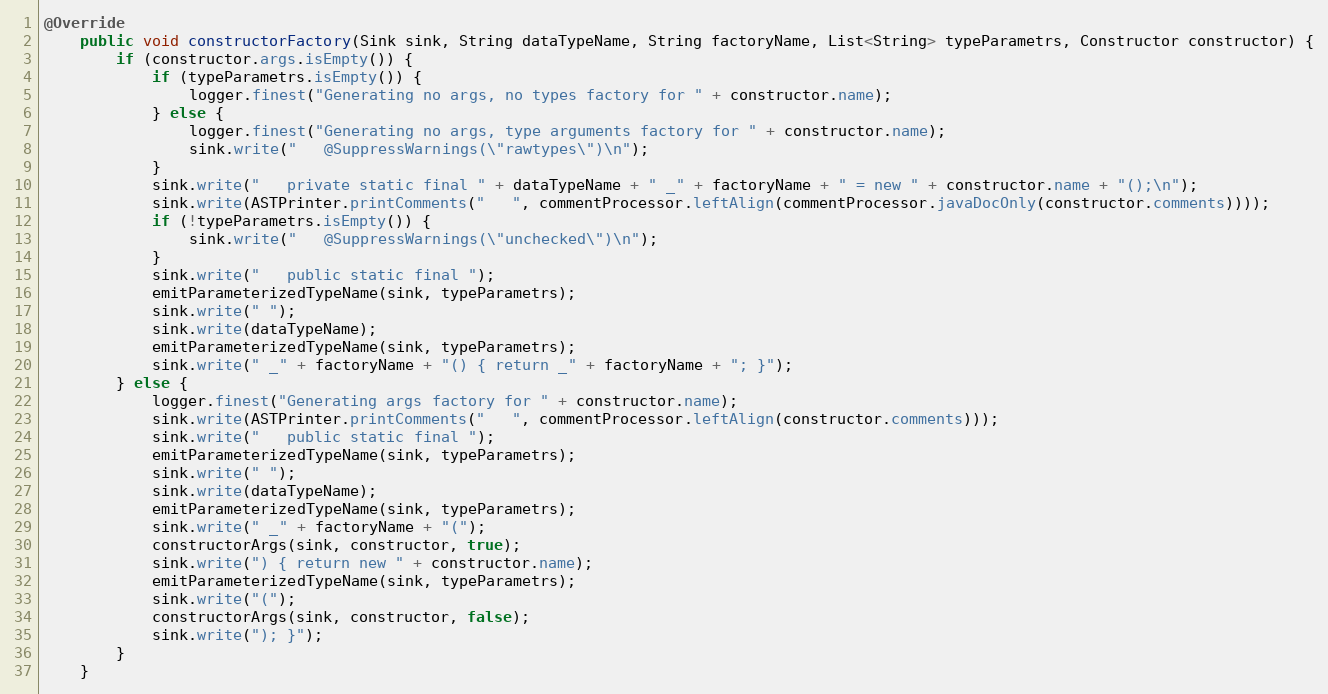
Language: Java
@Override
    public void constructorFactory(Sink sink, String dataTypeName, String factoryName, List<String> typeParametrs, Constructor constructor) {
        if (constructor.args.isEmpty()) {
        	if (typeParametrs.isEmpty()) {
            	logger.finest("Generating no args, no types factory for " + constructor.name);
        	} else {
            	logger.finest("Generating no args, type arguments factory for " + constructor.name);
        		sink.write("   @SuppressWarnings(\"rawtypes\")\n");
        	}
            sink.write("   private static final " + dataTypeName + " _" + factoryName + " = new " + constructor.name + "();\n");
            sink.write(ASTPrinter.printComments("   ", commentProcessor.leftAlign(commentProcessor.javaDocOnly(constructor.comments))));
        	if (!typeParametrs.isEmpty()) {
        		sink.write("   @SuppressWarnings(\"unchecked\")\n");
        	}
        	sink.write("   public static final ");
        	emitParameterizedTypeName(sink, typeParametrs);
        	sink.write(" ");
        	sink.write(dataTypeName);
        	emitParameterizedTypeName(sink, typeParametrs);
        	sink.write(" _" + factoryName + "() { return _" + factoryName + "; }");
        } else {
        	logger.finest("Generating args factory for " + constructor.name);
            sink.write(ASTPrinter.printComments("   ", commentProcessor.leftAlign(constructor.comments)));
            sink.write("   public static final ");
            emitParameterizedTypeName(sink, typeParametrs);
        	sink.write(" ");
        	sink.write(dataTypeName);
            emitParameterizedTypeName(sink, typeParametrs);
            sink.write(" _" + factoryName + "(");
            constructorArgs(sink, constructor, true);
            sink.write(") { return new " + constructor.name);
            emitParameterizedTypeName(sink, typeParametrs);
            sink.write("(");
            constructorArgs(sink, constructor, false);
            sink.write("); }");
        }
    }